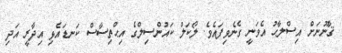
ޤާނޫނަށް އިސްލާޙު އެވަނީ ގެނެވިފައެވެ. ލޯކަލް ކައުންސިލްގެ އިޙްތިސާސް ކަނޑައެޅި އިދާރީ އަދި